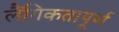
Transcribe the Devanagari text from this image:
लैंगिकतापूर्ण